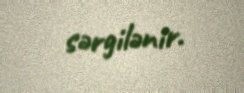
sərgilənir.